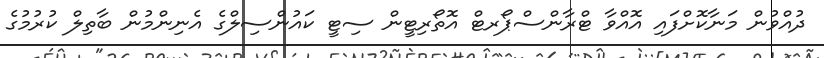
ދުއްވުން މަނާކޮށްފައި އޮއްވާ ޓްރާންސްޕޯރޓް އޮތޯރިޓީން ސިޓީ ކައުންސިލްގެ އެނިންމުން ބާތިލް ކުރުމުގެ